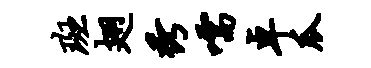
斑翅秀嚅卓瓜